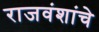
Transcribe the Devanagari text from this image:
राजवंशांचे